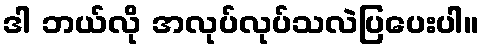
ဒါ ဘယ်လို အလုပ်လုပ်သလဲပြပေးပါ။